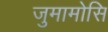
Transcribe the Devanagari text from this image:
जुमामोसि